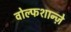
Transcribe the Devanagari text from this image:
वोल्फशान्ज़े